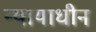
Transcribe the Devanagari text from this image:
न्यायाधीन